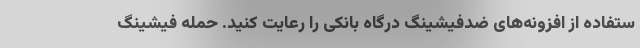
ستفاده از افزونه‌های ضدفیشینگ درگاه بانکی را رعایت کنید. حمله فیشینگ